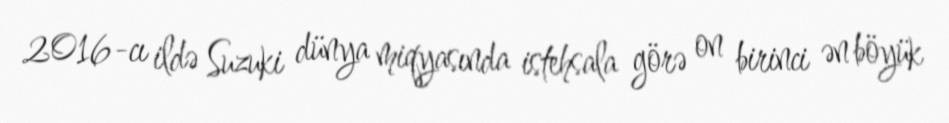
2016-cı ildə Suzuki dünya miqyasında istehsala görə on birinci ən böyük